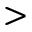
>